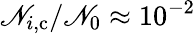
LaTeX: \mathscr{N}_{i,\mathrm{{c}}}/\mathscr{N}_{0}\approx10^{-2}